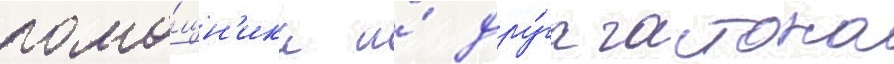
помо́щн'ика и́ дру́га гастона